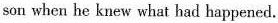
son when he knew what had happened.